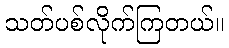
သတ်ပစ်လိုက်ကြတယ်။